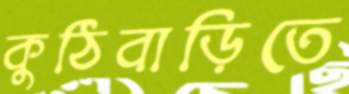
কুঠিবাড়িতে